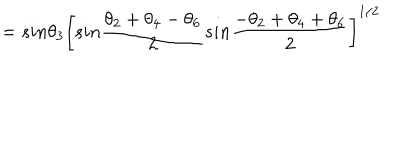
{ } ~ ~ = s i n \theta _ { 3 } \bigg [ s i n \frac { \theta _ { 2 } + \theta _ { 4 } - \theta _ { 6 } } { 2 } s i n \frac { - \theta _ { 2 } + \theta _ { 4 } + \theta _ { 6 } } { 2 } \bigg ] ^ { 1 / 2 }